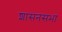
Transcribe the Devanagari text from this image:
शासनसभा